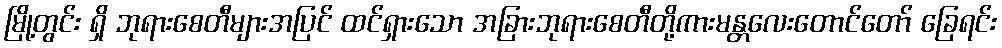
မြို့တွင်း ရှိ ဘုရားစေတီများအပြင် ထင်ရှားသော အခြားဘုရားစေတီတို့ကားမန္တလေးတောင်တော် ခြေရင်း